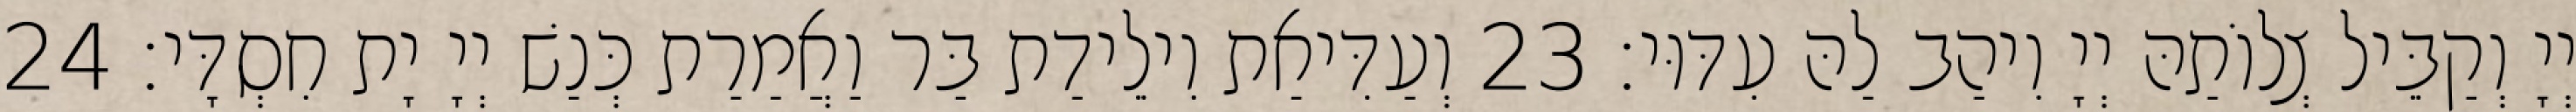
יְיָ וְקַבֵּיל צְלוֹתַהּ יְיָ וִיהַב לַהּ עִדּוּי׃ 23 וְעַדִּיאַת וִילֵידַת בַּר וַאֲמַרַת כְּנַשׁ יְיָ יָת חִסְדָּי׃ 24